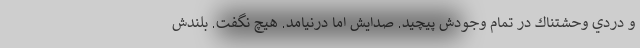
و دردي وحشتناك در تمام وجودش پيچيد. صدايش اما درنيامد. هيچ نگفت. بلندش